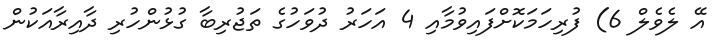
އޭ ލެވެލް 6) ފުރިހަމަކޮށްފައިވުމާއި 4 އަހަރު ދުވަހުގެ ތަޖުރިބާ ގުޅުންހުރި ދާއިރާއަކުން